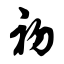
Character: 初